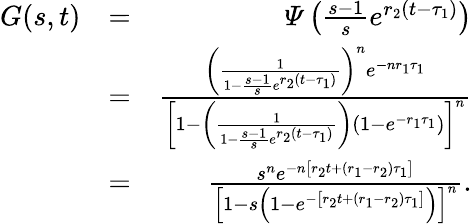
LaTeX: \begin{array}{rlr}{G(s,t)}&{=}&{\varPsi\left(\frac{s-1}{s}e^{r_{2}(t-\tau_{1})}\right)}\\ &{=}&{\frac{\left(\frac{1}{1-\frac{s-1}{s}e^{r_{2}(t-\tau_{1})}}\right)^{n}e^{-nr_{1}\tau_{1}}}{\left[1-{\left(\frac{1}{1-\frac{s-1}{s}e^{r_{2}(t-\tau_{1})}}\right)}\left(1-e^{-r_{1}\tau_{1}}\right)\right]^{n}}}\\ &{=}&{\frac{s^{n}e^{-n\left[r_{2}t+(r_{1}-r_{2})\tau_{1}\right]}}{\left[1-s\left(1-e^{-\left[r_{2}t+(r_{1}-r_{2})\tau_{1}\right]}\right)\right]^{n}}.}\end{array}